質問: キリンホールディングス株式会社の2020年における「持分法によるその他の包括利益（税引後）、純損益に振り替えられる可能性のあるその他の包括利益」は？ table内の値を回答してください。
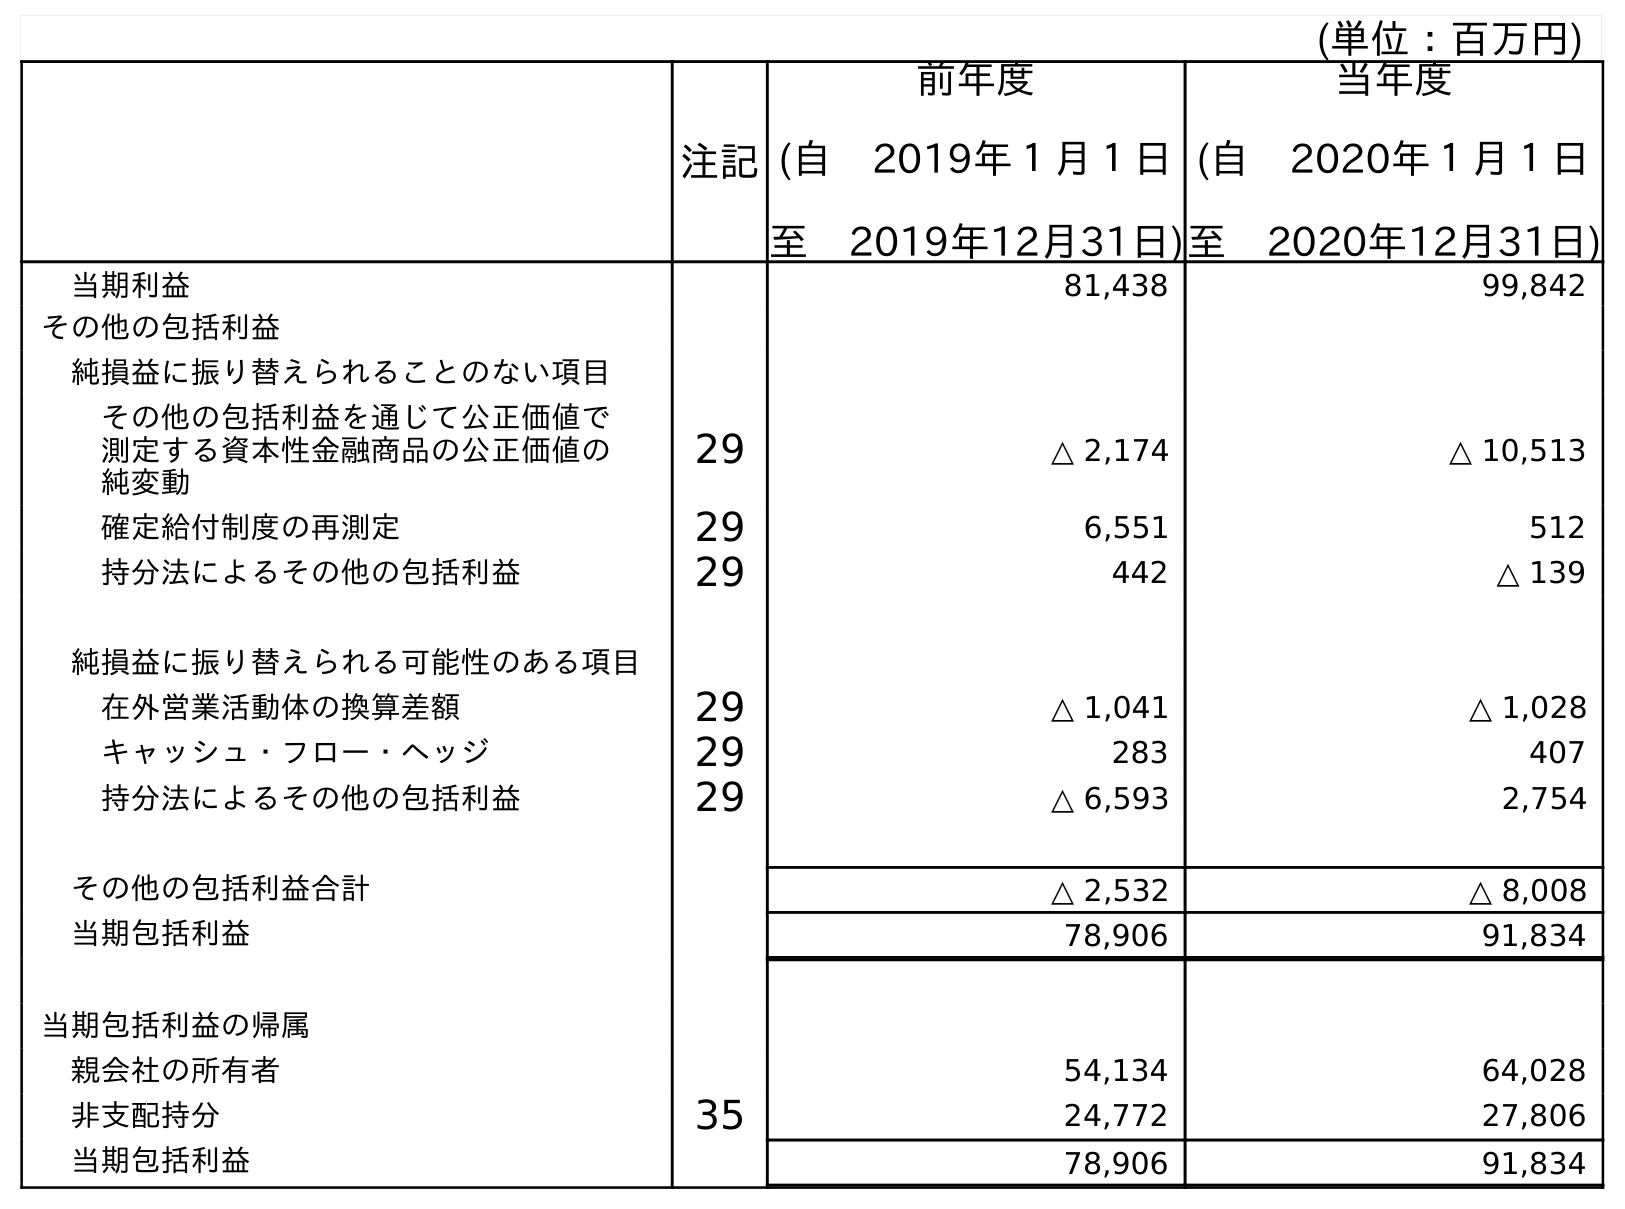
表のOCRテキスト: (単位：百万円) 注記 前年度 (自 2019年１月１日 至 2019年12月31日) 当年度 (自 2020年１月１日 至 2020年12月31日) 当期利益 81,438 99,842 その他の包括利益 純損益に振り替えられることのない項目 その他の包括利益を通じて公正価値で 測定する資本性金融商品の公正価値の 純変動 29 △ 2,174 △ 10,513 確定給付制度の再測定 29 6,551 512 持分法によるその他の包括利益 29 442 △ 139 純損益に振り替えられる可能性のある項目 在外営業活動体の換算差額 29 △ 1,041 △ 1,028 キャッシュ・フロー・ヘッジ 29 283 407 持分法によるその他の包括利益 29 △ 6,593 2,754 その他の包括利益合計 △ 2,532 △ 8,008 当期包括利益 78,906 91,834 当期包括利益の帰属 親会社の所有者 54,134 64,028 非支配持分 35 24,772 27,806 当期包括利益 78,906 91,834
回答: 2,754